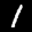
Label: 1